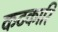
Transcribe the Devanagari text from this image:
कटकारि